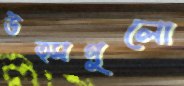
উত্সগুলো